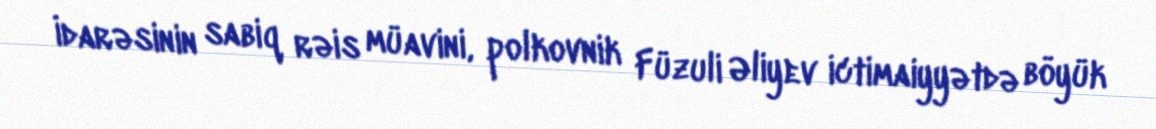
İdarəsinin sabiq rəis müavini, polkovnik Füzuli Əliyev ictimaiyyətdə böyük